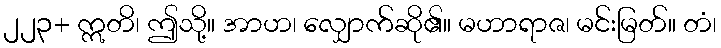
၂၂၃+ ဣတိ၊ ဤသို့။ အာဟ၊ လျှောက်ဆို၏။ မဟာရာဇ၊ မင်းမြတ်။ တံ၊